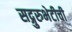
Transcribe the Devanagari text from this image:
सद्गुरुभेटीची